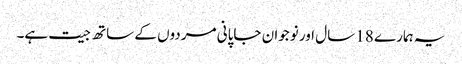
یہ ہمارے 18 سال اور نوجوان جاپانی مردوں کے ساتھ جیت ہے۔